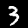
Digit: 3